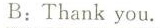
B:Thank_ you.